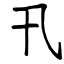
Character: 卂